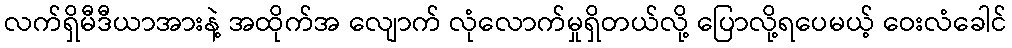
လက်ရှိမီဒီယာအားနဲ့ အထိုက်အ လျောက် လုံလောက်မှုရှိတယ်လို့ ပြောလို့ရပေမယ့် ဝေးလံခေါင်